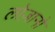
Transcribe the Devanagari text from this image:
लोज़ानो